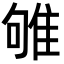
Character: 雊